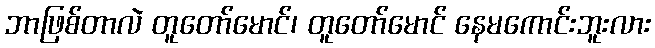
ဘာဖြစ်တာလဲ တူတော်မောင်၊ တူတော်မောင် နေမကောင်းဘူးလား